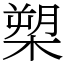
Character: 槊